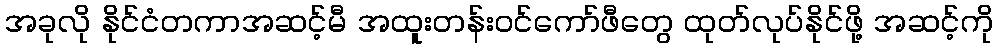
အခုလို နိုင်ငံတကာအဆင့်မီ အထူးတန်းဝင်ကော်ဖီတွေ ထုတ်လုပ်နိုင်ဖို့ အဆင့်ကို